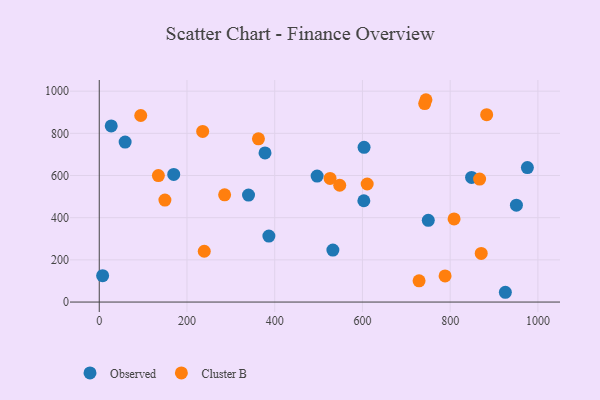
{"axis": {"x": "Price", "y": "Rating"}, "legend": ["Cluster B", "Observed"], "data": [{"x": "27.3", "y": 835.3, "type": "Observed"}, {"x": "603.2", "y": 480.3, "type": "Observed"}, {"x": "169.8", "y": 605.4, "type": "Observed"}, {"x": "7.7", "y": 125.3, "type": "Observed"}, {"x": "377.9", "y": 707.0, "type": "Observed"}, {"x": "925.8", "y": 46.4, "type": "Observed"}, {"x": "532.6", "y": 246.7, "type": "Observed"}, {"x": "59.0", "y": 758.7, "type": "Observed"}, {"x": "386.7", "y": 312.7, "type": "Observed"}, {"x": "340.3", "y": 507.1, "type": "Observed"}, {"x": "603.7", "y": 733.9, "type": "Observed"}, {"x": "750.1", "y": 387.4, "type": "Observed"}, {"x": "496.7", "y": 597.5, "type": "Observed"}, {"x": "951.0", "y": 459.4, "type": "Observed"}, {"x": "976.0", "y": 637.9, "type": "Observed"}, {"x": "848.8", "y": 591.2, "type": "Observed"}, {"x": "362.9", "y": 773.9, "type": "Cluster B"}, {"x": "239.4", "y": 241.0, "type": "Cluster B"}, {"x": "548.2", "y": 553.9, "type": "Cluster B"}, {"x": "235.8", "y": 809.1, "type": "Cluster B"}, {"x": "285.8", "y": 508.7, "type": "Cluster B"}, {"x": "870.8", "y": 230.5, "type": "Cluster B"}, {"x": "610.8", "y": 559.9, "type": "Cluster B"}, {"x": "788.4", "y": 123.7, "type": "Cluster B"}, {"x": "149.7", "y": 483.8, "type": "Cluster B"}, {"x": "729.1", "y": 100.5, "type": "Cluster B"}, {"x": "134.8", "y": 599.9, "type": "Cluster B"}, {"x": "883.2", "y": 888.5, "type": "Cluster B"}, {"x": "867.1", "y": 583.1, "type": "Cluster B"}, {"x": "808.9", "y": 394.2, "type": "Cluster B"}, {"x": "741.9", "y": 941.1, "type": "Cluster B"}, {"x": "526.2", "y": 586.4, "type": "Cluster B"}, {"x": "94.6", "y": 884.7, "type": "Cluster B"}, {"x": "744.8", "y": 959.4, "type": "Cluster B"}]}